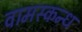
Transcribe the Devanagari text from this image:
वामस्कन्ध